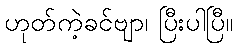
ဟုတ်ကဲ့ခင်ဗျာ၊ ပြီးပါပြီ။